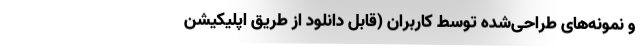
و نمونه‌های طراحی‌شده توسط کاربران (قابل دانلود از طریق اپلیکیشن